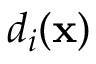
d _ { i } ( \mathbf { x } )